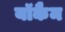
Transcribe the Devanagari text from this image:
यॉकैम